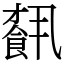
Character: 𩛥